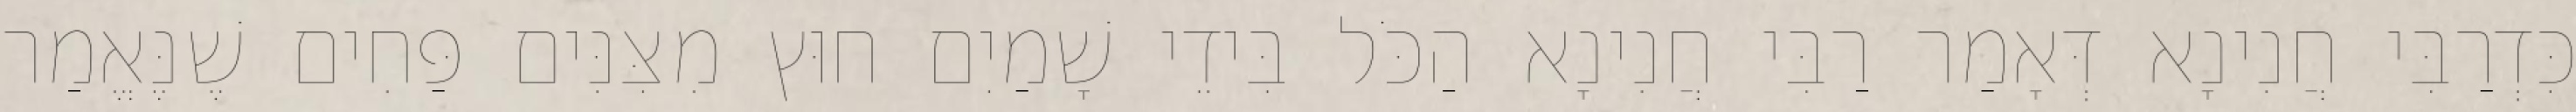
כִּדְרַבִּי חֲנִינָא דְּאָמַר רַבִּי חֲנִינָא הַכֹּל בִּידֵי שָׁמַיִם חוּץ מִצִּנִּים פַּחִים שֶׁנֶּאֱמַר